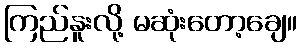
ကြည်နူးလို့ မဆုံးတော့ချေ။